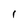
Character: 1